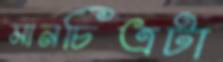
মানচিত্রটা